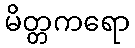
မိတ္တကရော